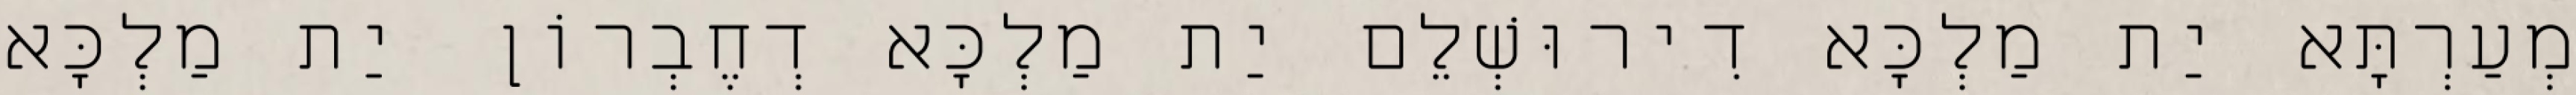
מְעַרְתָּא יַת מַלְכָּא דִירוּשְׁלֵם יַת מַלְכָּא דְחֶבְרוֹן יַת מַלְכָּא